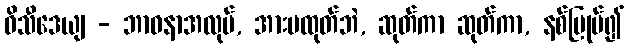
ဝိသီဒေယျ - ဘာဝနာအလုပ်, အားမထုတ်ဘဲ, ဆုတ်ကာ ဆုတ်ကာ, နစ်မြုပ်၍